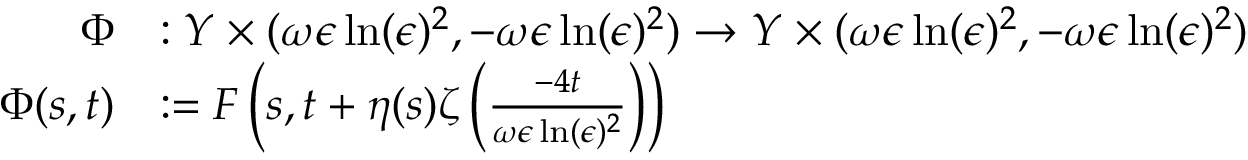
\begin{array} { r l } { \Phi } & { : Y \times ( \omega \epsilon \ln ( \epsilon ) ^ { 2 } , - \omega \epsilon \ln ( \epsilon ) ^ { 2 } ) \to Y \times ( \omega \epsilon \ln ( \epsilon ) ^ { 2 } , - \omega \epsilon \ln ( \epsilon ) ^ { 2 } ) } \\ { \Phi ( s , t ) } & { : = F \left( s , t + \eta ( s ) \zeta \left( \frac { - 4 t } { \omega \epsilon \ln ( \epsilon ) ^ { 2 } } \right) \right) } \end{array}